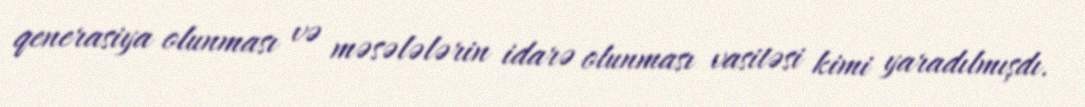
qenerasiya olunması və məsələlərin idarə olunması vasitəsi kimi yaradılmışdı.